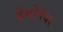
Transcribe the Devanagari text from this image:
डेबोनेयर